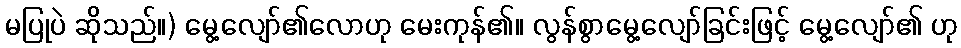
မပြုပဲ ဆိုသည်။) မွေ့လျော်၏လောဟု မေးကုန်၏။ လွန်စွာမွေ့လျော်ခြင်းဖြင့် မွေ့လျော်၏ ဟု